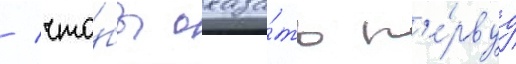
/ что́бы оказа́ть п'е́рвуу